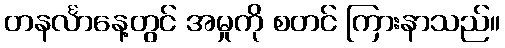
တနင်္လာနေ့တွင် အမှုကို စတင် ကြားနာသည်။